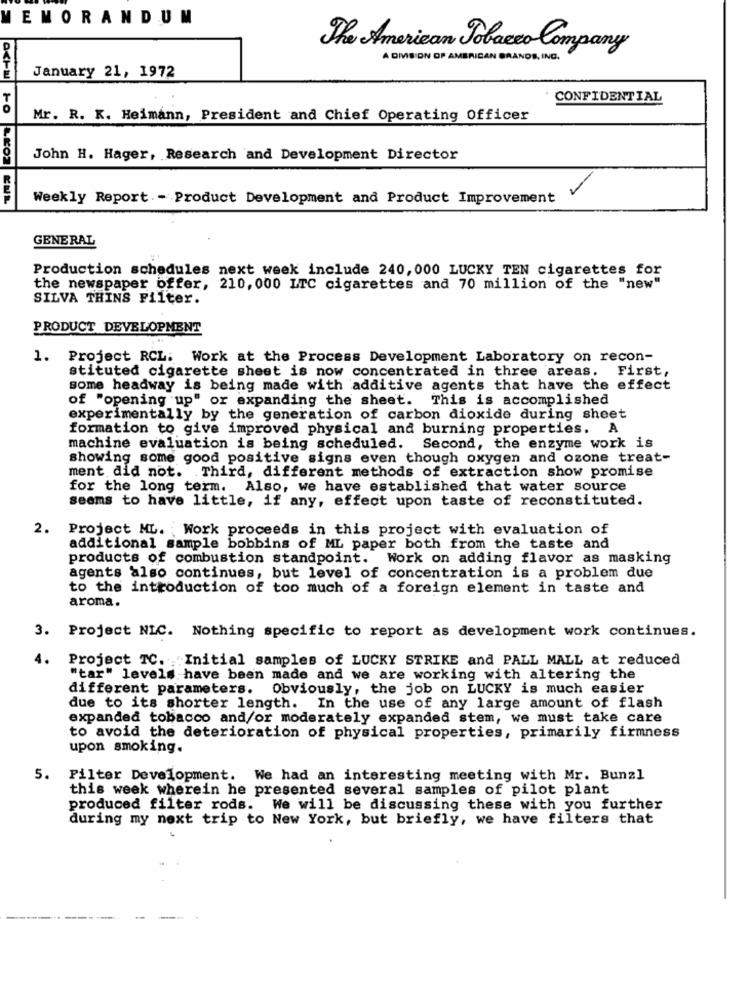
MEMORANDUM
The American Tobacco Company
A DIVISION OF AMERICAN BRANDS, ING .
January 21, 1972
CONFIDENTIAL
Mr. R. K. Heimann, President and Chief Operating Officer
John H. Hager, Research and Development Director
Weekly Report .- Product Development and Product Improvement
GENERAL
Production schedules next week include 240, 000 LUCKY TEN cigarettes for
the newspaper offer, 210, 000 LTC cigarettes and 70 million of the "new"
SILVA THINS Filter.
PRODUCT DEVELOPMENT
1.
Project RCL: Work at the Process Development Laboratory on recon-
stituted cigarette sheet is now concentrated in three areas. First,
some headway is being made with additive agents that have the effect
of "opening up" or expanding the sheet. This is accomplished
experimentally by the generation of carbon dioxide during sheet
formation to give improved physical and burning properties.
machine evaluation is being scheduled. Second, the enzyme work is
showing some good positive signs even though oxygen and ozone treat-
ment did not. Third, different methods of extraction show promise
for the long term. Also, we have established that water source
seems to have little, if any, effect upon taste of reconstituted.
2.
Project ML. ; Work proceeds in this project with evaluation of
additional sample bobbins of ML paper both from the taste and
products of combustion standpoint. Work on adding flavor as masking
agents also continues, but level of concentration is a problem due
to the introduction of too much of a foreign element in taste and
aroma.
3. Project NIC. Nothing specific to report as development work continues.
4.
Project TC. " Initial samples of LUCKY STRIKE and PALL MALL at reduced
"tar" levels have been made and we are working with altering the
different parameters. Obviously, the job on LUCKY is much easier
due to its shorter length. In the use of any large amount of flash
expanded tobacco and/or moderately expanded stem, we must take care
to avoid the deterioration of physical properties, primarily firmness
upon smoking.
5.
Filter Development. We had an interesting meeting with Mr. Bunzl
this week wherein he presented several samples of pilot plant
produced filter rods. We will be discussing these with you further
during my next trip to New York, but briefly, we have filters that